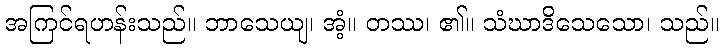
အကြင်ရဟန်းသည်။ ဘာသေယျ၊ အံ့။ တဿ၊ ၏။ သံဃာဒိသေသော၊ သည်။